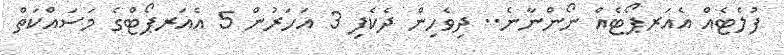
ފުލެޓެއް އެއަރޕޯޓެއް ނޯންނާނެ.. ދިވެހިން ދެކެފި 3 އަހަރުން 5 އެއަރޕޯޓްގެ މަސައްކަތް